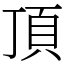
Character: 頂